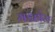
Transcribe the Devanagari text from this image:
मडहोल